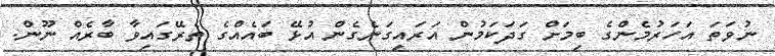
ނުވަތަ އަހަރުމެންގެ ބިމަށް ގަދަކަމުން އަރައިގަނެގެން އުޅޭ ބައެއްގެ ތެރޭގައިވާ ބާރެއް ނޫން.